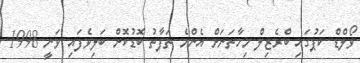
ވޯލްޑް ކަޕުގައި ބްރެޒިލް މިހާތަނަށް އެންމެ ތަފާތު ބޮޑުކޮށް ބަލިވެފައި ވަނީ 1998